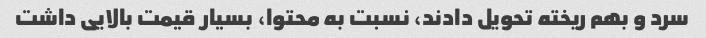
سرد و بهم ریخته تحویل دادند، نسبت به محتوا، بسیار قیمت بالایی داشت